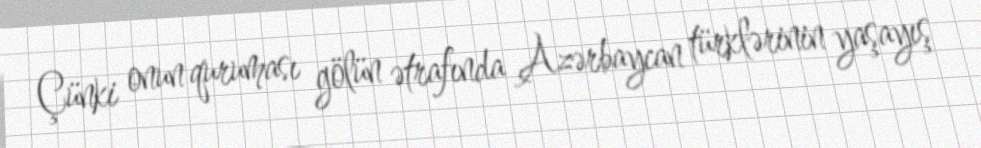
Çünki onun quruması gölün ətrafında Azərbaycan türklərinin yaşayış